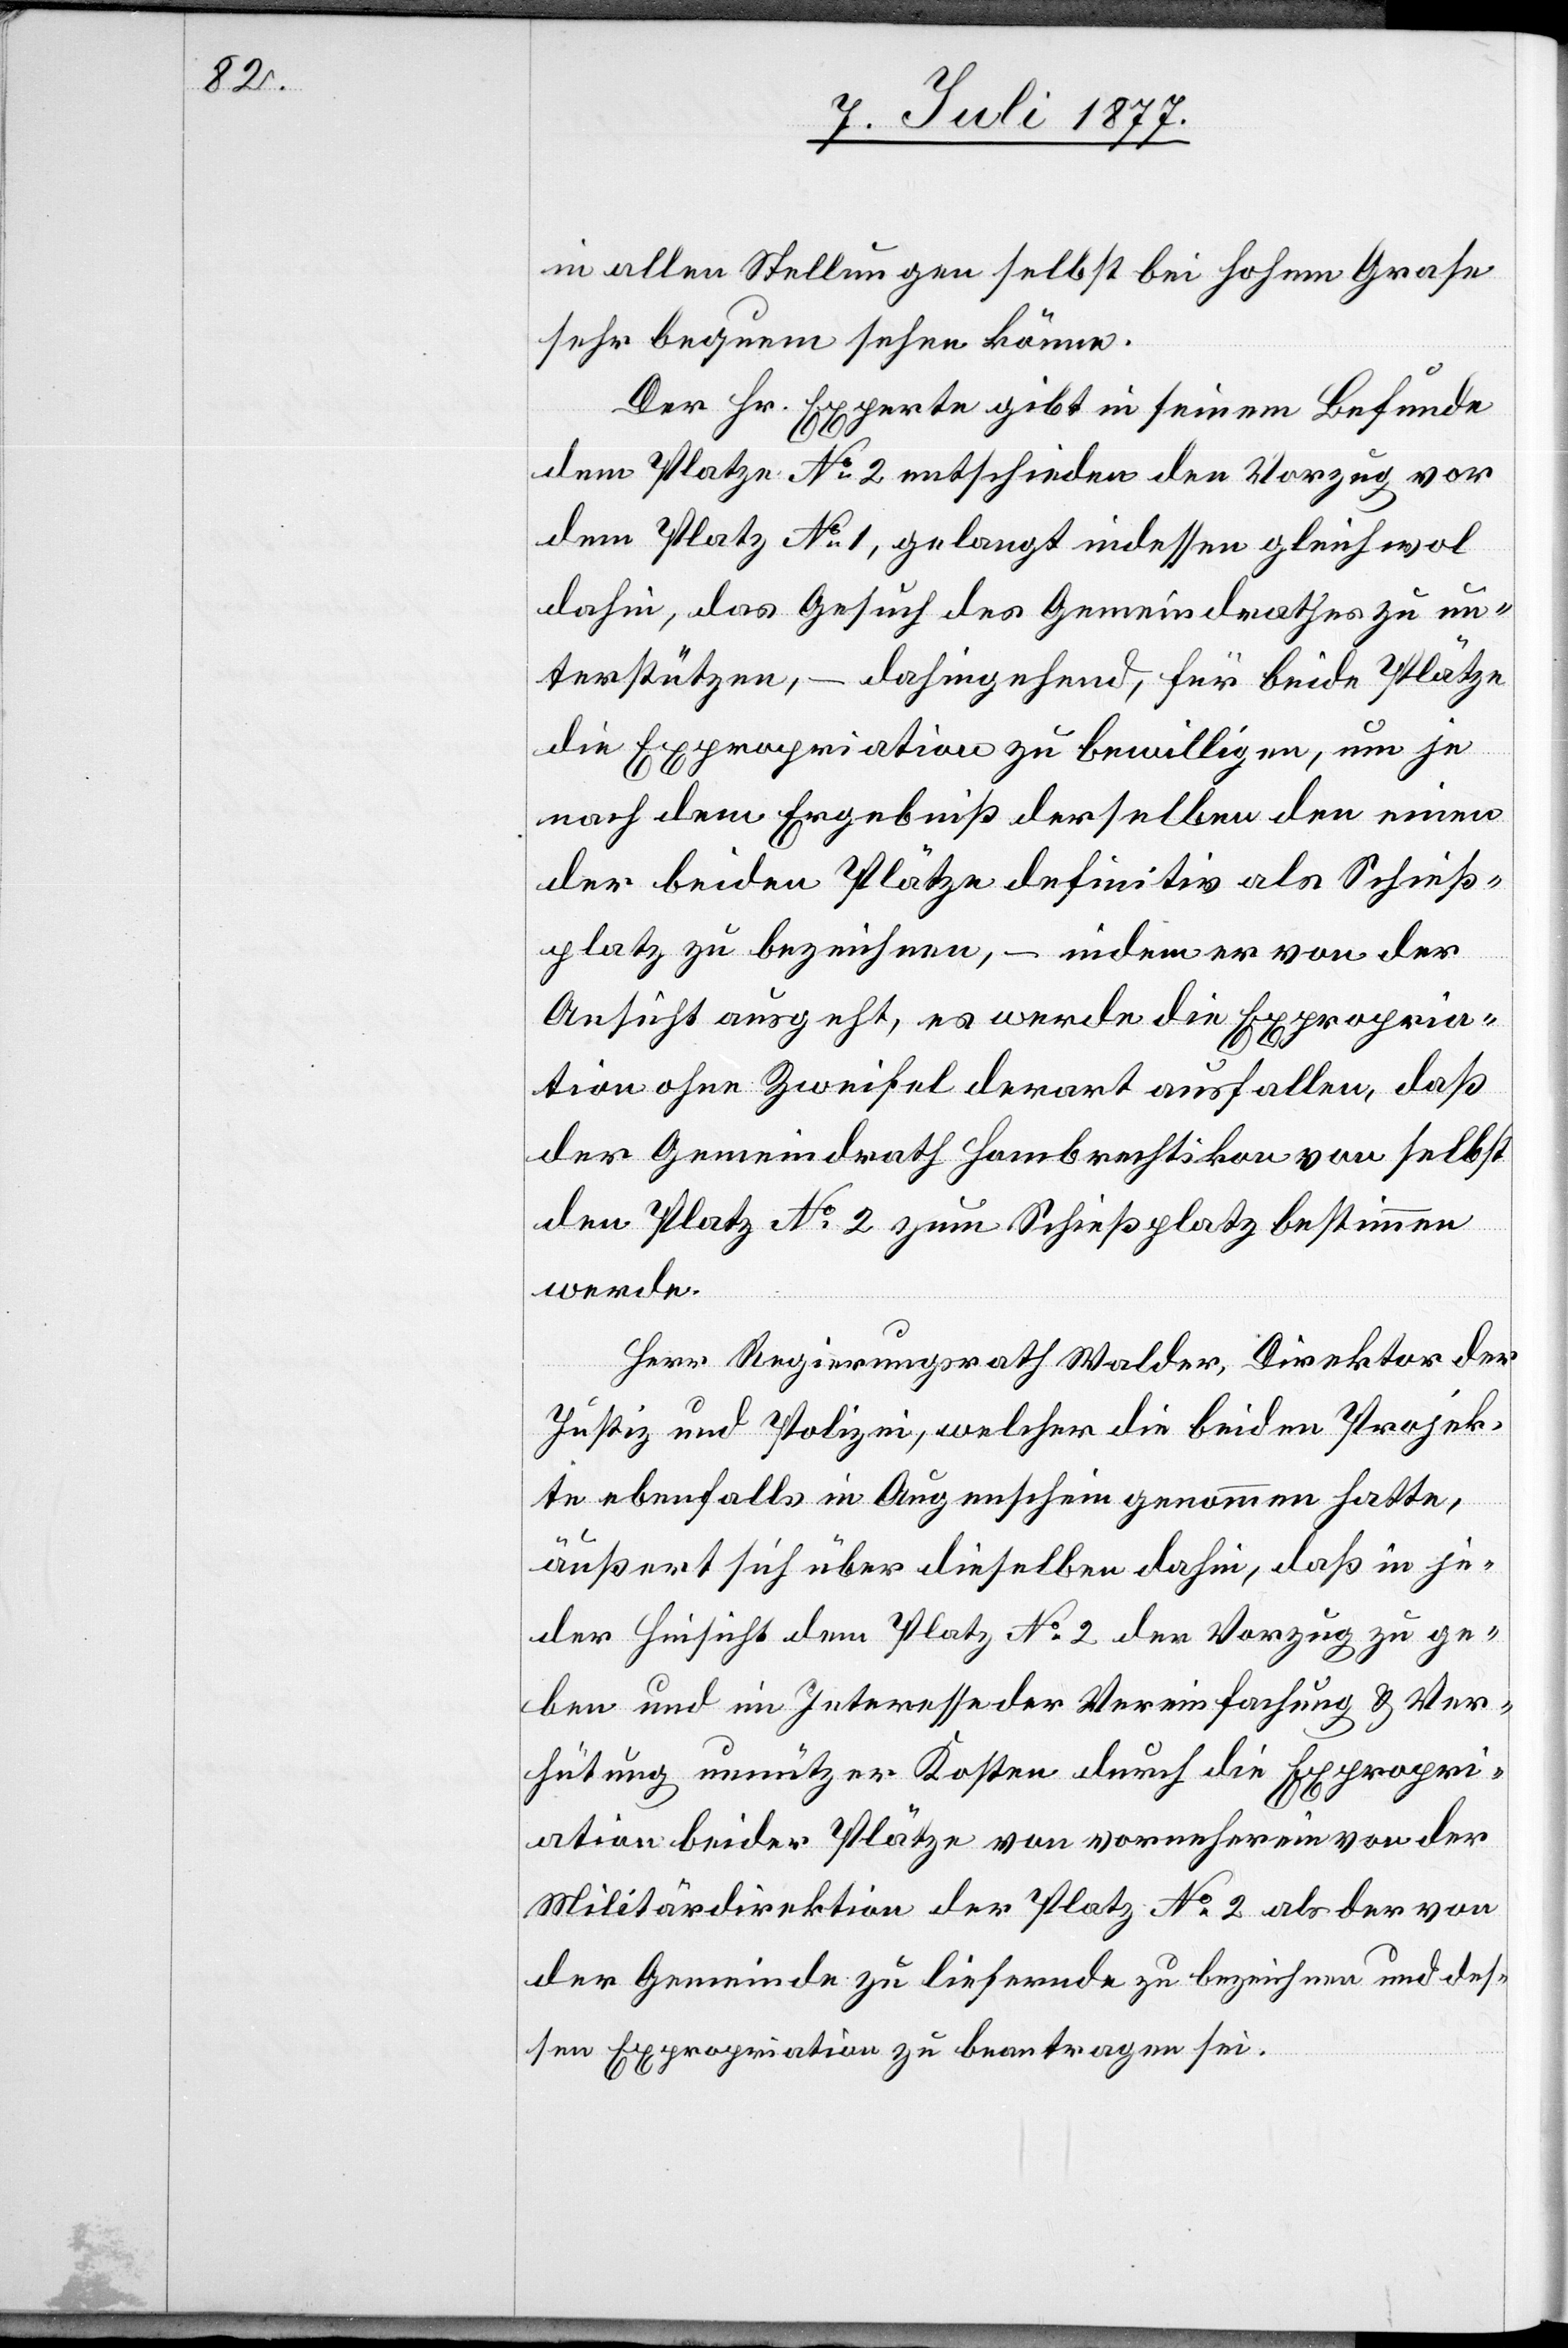
in allen Stellungen selbst bei hohem Grase
sehr bequem sehen könne.
Der Hr. Experte gibt in seinem Befunde
dem Platze No 2 entschieden den Vorzug vor
dem Platz No 1, gelangt indessen gleichwol
dahin, das Gesuch des Gemeindrathes zu un¬
terstützen, – dahingehend, für beide Plätze
die Expropriation zu bewilligen, um je
nach dem Ergebniß derselben den einen
der beiden Plätze definitiv als Schieß¬
platz zu bezeichnen, – indem er von der
Ansicht ausgeht, es werde die Expropria¬
tion ohne Zweifel derart ausfallen, daß
der Gemeindrath Hombrechtikon von selbst
den Platz No 2 zum Schießplatz bestimmen
werde.
Herr Regierungsrath Walder, Direktor der
Justiz und Polizei, welcher die beiden Projek¬
te ebenfalls in Augenschein genommen hatte,
äußert sich über dieselben dahin, daß in je¬
der Hinsicht dem Platz No 2 der Vorzug zu ge¬
ben und im Interesse der Vereinfachung & Ver¬
hütung unnützer Kosten durch die Expropri¬
ation beider Plätze von vorneherein von der
Militärdirektion der Platz No 2 als der von
der Gemeinde zu liefernde zu bezeichnen und des¬
sen Expropriation zu beantragen sei.